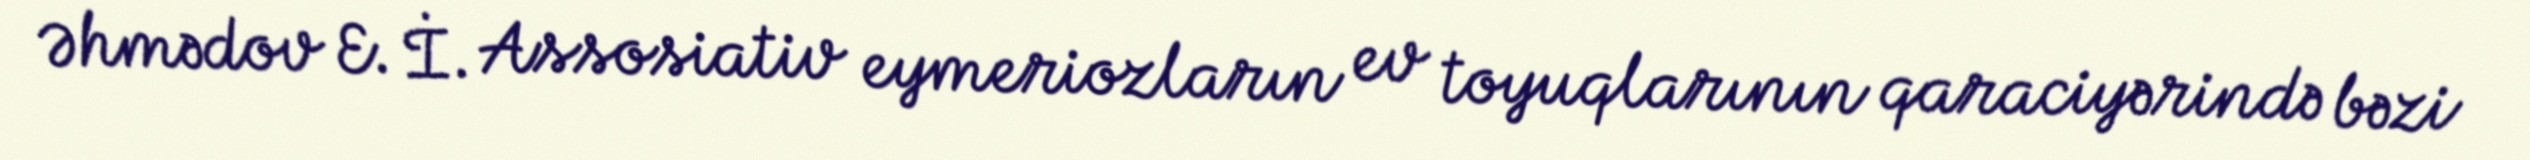
Əhmədov E. İ. Assosiativ eymeriozların ev toyuqlarının qaraciyərində bəzi